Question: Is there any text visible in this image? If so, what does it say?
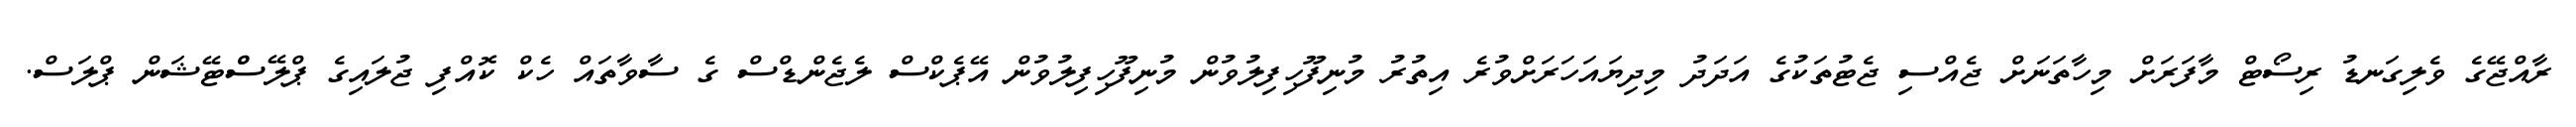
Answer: ރާއްޖޭގެ ވެލިގަނޑު ރިސޯޓް މާފަރަށް މިހާތަނަށް ޖެއްސި ޖެޓުތަކުގެ އަދަދު މިދިޔައަހަރަށްވުރެ އިތުރު މުނިފޫހިފިލުވުން މުނިފޫހިފިލުވުން އޭޕެކްސް ލެޖެންޑްސް ގެ ސާވާތައް ހެކް ކޮއްފި ޖުލައިގެ ޕްލޭސްްޓޭޝަން ޕްލަސް.